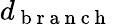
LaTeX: d_{\mathrm{~b~r~a~n~c~h~}}